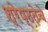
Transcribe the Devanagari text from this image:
श्रेष्ठतेचे